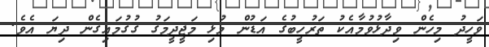
ވަހީދު މިހެން ވިދާޅުވުމާއެކު ތަރުހީބުގެ އަޑުން މުޅި މަޖީދީމަގު ގުގުމައިގެން ދިޔަ އެވެ.